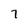
Character: 7